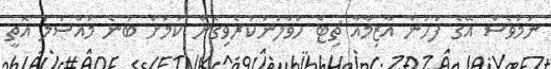
ނަމަވެސް އޭގެ ފަހުން އާޒިމާއާ ޗިޓް ހަވާލުނުކުރެވިގެން ކަމަށް ބުނެ މައްސަލަ އޮތީ